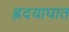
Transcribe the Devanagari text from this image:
ह्रदयाघात